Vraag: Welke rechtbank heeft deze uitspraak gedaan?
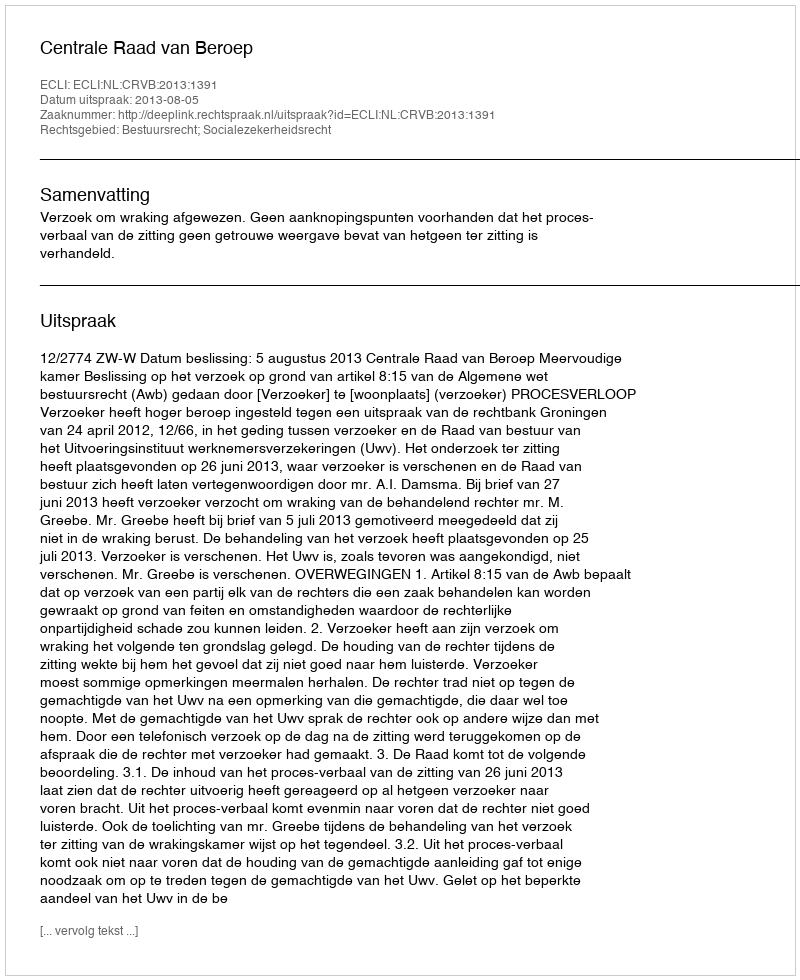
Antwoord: Centrale Raad van Beroep